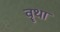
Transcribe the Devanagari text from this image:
वॄथा